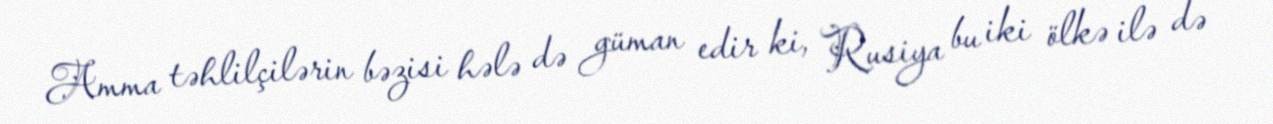
Amma təhlilçilərin bəzisi hələ də güman edir ki, Rusiya bu iki ölkə ilə də